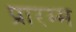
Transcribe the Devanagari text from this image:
प्रारम्म